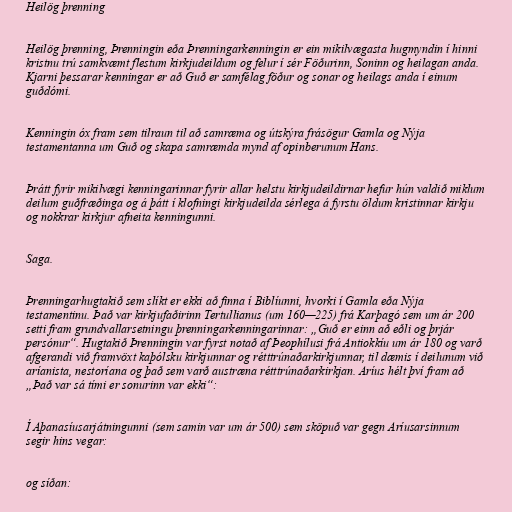
Heilög þrenning

Heilög þrenning, Þrenningin eða Þrenningarkenningin er ein mikilvægasta hugmyndin í hinni
kristnu trú samkvæmt flestum kirkjudeildum og felur í sér Föðurinn, Soninn og heilagan anda.
Kjarni þessarar kenningar er að Guð er samfélag föður og sonar og heilags anda í einum
guðdómi.

Kenningin óx fram sem tilraun til að samræma og útskýra frásögur Gamla og Nýja
testamentanna um Guð og skapa samræmda mynd af opinberunum Hans.

Þrátt fyrir mikilvægi kenningarinnar fyrir allar helstu kirkjudeildirnar hefur hún valdið miklum
deilum guðfræðinga og á þátt í klofningi kirkjudeilda sérlega á fyrstu öldum kristinnar kirkju
og nokkrar kirkjur afneita kenningunni.

Saga.

Þrenningarhugtakið sem slíkt er ekki að finna í Biblíunni, hvorki í Gamla eða Nýja
testamentinu. Það var kirkjufaðirinn Tertullianus (um 160—225) frá Karþagó sem um ár 200
setti fram grundvallarsetningu þrenningarkenningarinnar: „Guð er einn að eðli og þrjár
persónur“. Hugtakið Þrenningin var fyrst notað af Þeophílusi frá Antiokkíu um ár 180 og varð
afgerandi við framvöxt kaþólsku kirkjunnar og rétttrúnaðarkirkjunnar, til dæmis í deilunum við
aríanista, nestoríana og það sem varð austræna rétttrúnaðarkirkjan. Aríus hélt því fram að
„Það var sá tími er sonurinn var ekki“:

Í Aþanasíusarjátningunni (sem samin var um ár 500) sem sköpuð var gegn Aríusarsinnum
segir hins vegar:

og síðan: